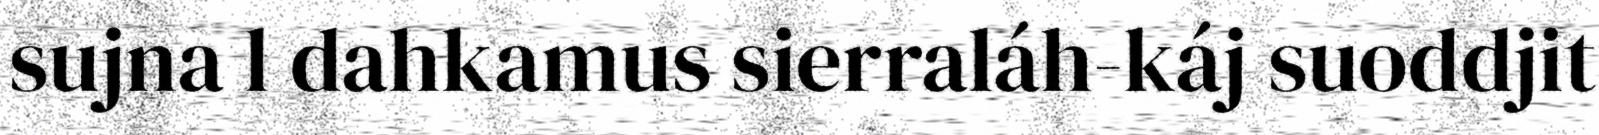
sujna l dahkamus sierraláh-káj suoddjit